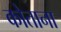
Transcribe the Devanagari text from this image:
कोताना